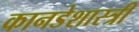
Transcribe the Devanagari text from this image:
कानडेशास्त्री